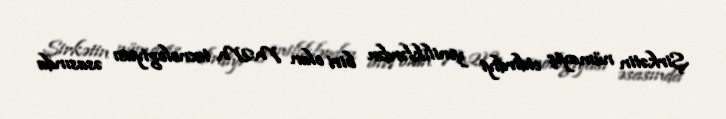
Şirkətin nümayiş etdirdiyi yeniliklərdən biri olan M2M texnologiyası əsasında